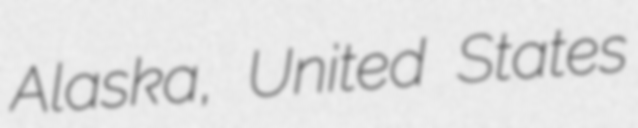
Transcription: Alaska, United States